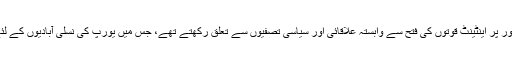
ان میں سے آٹھ نقاط خصوصی طور پر اینٹینٹ قوتوں کی فتح سے وابستہ علاقائی اور سیاسی تصفیوں سے تعلق رکھتے تھے، جس میں یورپ کی نسلی آبادیوں کے لئے قومی خود مختاری شامل تھی۔